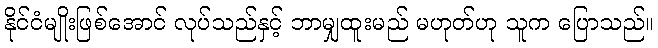
နိုင်ငံမျိုးဖြစ်အောင် လုပ်သည်နှင့် ဘာမျှထူးမည် မဟုတ်ဟု သူက ပြောသည်။